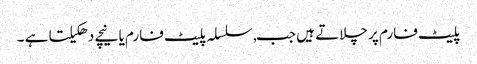
پلیٹ فارم پر چلاتے ہیں جب, سلسلہ پلیٹ فارم یا نیچے دھکیلتا ہے ۔